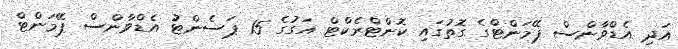
އަދި އެޑްވާންސް ޕޭމަންޓްގެ ގޮތުގައި ކޮންޓްރެކްޓް އަގުގެ 15 ޕަސެންޓު އެޑްވާންސް ޕޭމަންޓް